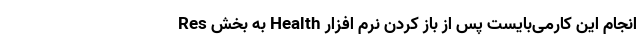
انجام این کار‌می‌بایست پس از باز کردن نرم افزار Health به بخش Res